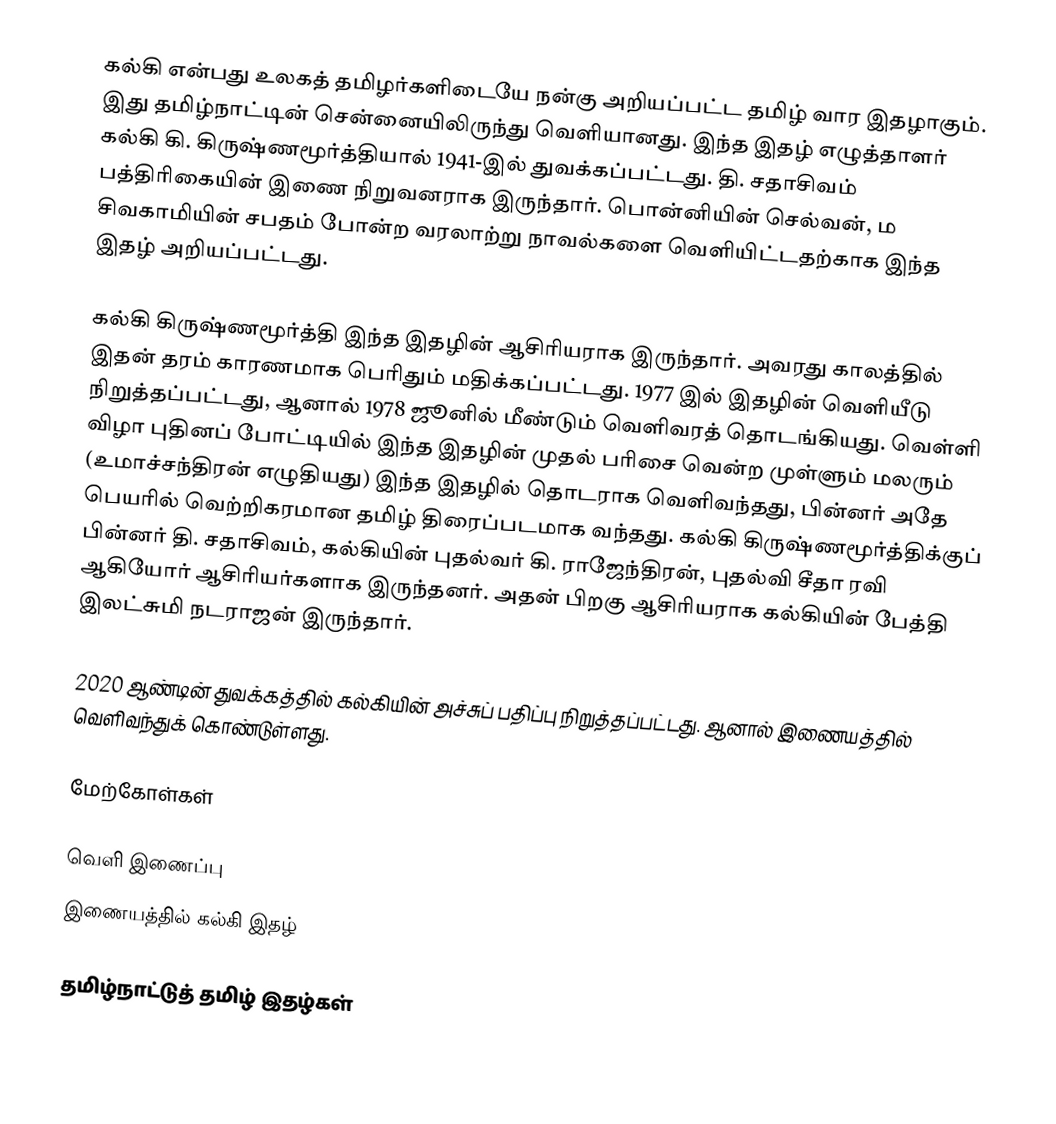
கல்கி என்பது உலகத் தமிழர்களிடையே நன்கு அறியப்பட்ட தமிழ் வார இதழாகும். இது தமிழ்நாட்டின் சென்னையிலிருந்து வெளியானது. இந்த இதழ் எழுத்தாளர் கல்கி கி. கிருஷ்ணமூர்த்தியால் 1941-இல் துவக்கப்பட்டது.  தி. சதாசிவம் பத்திரிகையின் இணை நிறுவனராக இருந்தார். பொன்னியின் செல்வன், ம சிவகாமியின் சபதம் போன்ற வரலாற்று நாவல்களை வெளியிட்டதற்காக இந்த இதழ் அறியப்பட்டது.

கல்கி கிருஷ்ணமூர்த்தி இந்த இதழின் ஆசிரியராக இருந்தார். அவரது காலத்தில் இதன் தரம் காரணமாக பெரிதும் மதிக்கப்பட்டது. 1977 இல் இதழின் வெளியீடு நிறுத்தப்பட்டது, ஆனால் 1978 ஜூனில் மீண்டும் வெளிவரத் தொடங்கியது. வெள்ளி விழா புதினப் போட்டியில் இந்த இதழின் முதல் பரிசை வென்ற முள்ளும் மலரும் (உமாச்சந்திரன் எழுதியது) இந்த இதழில் தொடராக வெளிவந்தது, பின்னர் அதே பெயரில் வெற்றிகரமான தமிழ் திரைப்படமாக வந்தது. கல்கி கிருஷ்ணமூர்த்திக்குப் பின்னர் தி. சதாசிவம், கல்கியின் புதல்வர் கி. ராஜேந்திரன், புதல்வி சீதா ரவி ஆகியோர் ஆசிரியர்களாக இருந்தனர். அதன் பிறகு ஆசிரியராக கல்கியின் பேத்தி இலட்சுமி நடராஜன் இருந்தார்.

2020 ஆண்டின் துவக்கத்தில் கல்கியின் அச்சுப் பதிப்பு நிறுத்தப்பட்டது. ஆனால் இணையத்தில் வெளிவந்துக் கொண்டுள்ளது.

மேற்கோள்கள்

வெளி இணைப்பு
 இணையத்தில் கல்கி இதழ்

தமிழ்நாட்டுத் தமிழ் இதழ்கள்